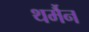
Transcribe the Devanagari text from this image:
थर्मैन